Vaccination in the Punjab 1897-1904 - 1897-1904
Year: 1897
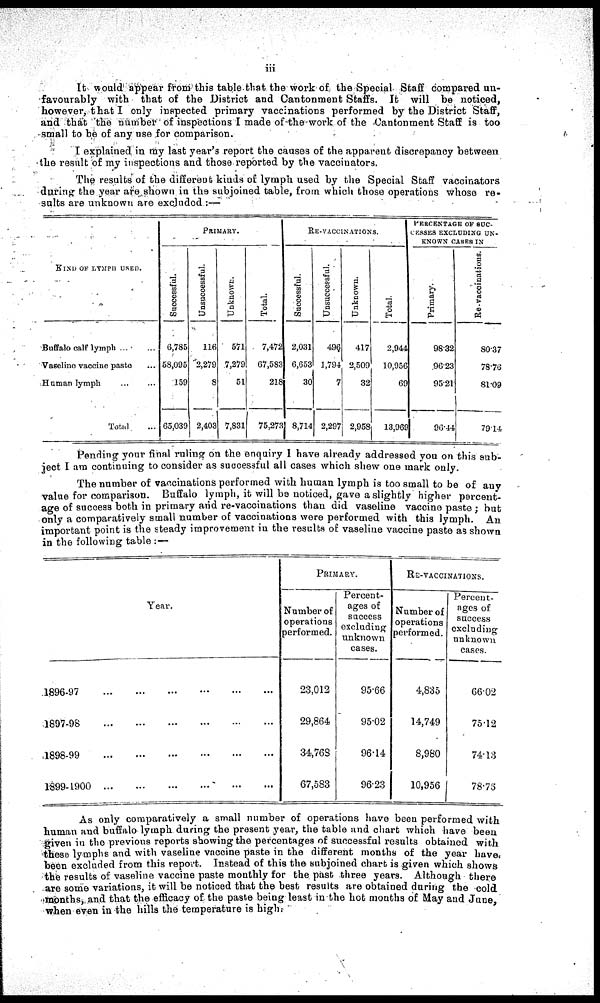
iii
It would appear from this table that the work of the Special Staff compared un-
favourably with that of the District and Cantonment Staffs. It will be noticed,
however, that I only inspected primary vaccinations performed by the District Staff,
and that the number of inspections I made of the work of the Cantonment Staff is too
small to be of any use for comparison.
I explained in my last year's report the causes of the apparent discrepancy between
the result of my inspections and those reported by the vaccinators.
The results of the different kinds of lymph used by (the Special Staff vaccinators
during the year are shown in the subjoined table, from which those operations whose re-
sults are unknown are excluded :—
KIND OF LYMPH USED.
Buffalo calf lymph ... ...
Vacelino vaccino pasto ...
Human lymph ... ...
Total ...
PRIMARY.
Succeesful.
6,785
58,095
159
65,030
Unsuccessful.
116
2,279
8
2,403
Unknown.
571
7,279
51
7,831
Total.
7,472
67,583
218
75,273
RE-VACCINATIONS.
Successful.
2,031
6,653
30
8,714
Unsuccessful.
496
1,794
7
2,297
Unknown.
417
2,509
32
2,958
Total.
2,944
10,956
69
13,969
PERCENTAGE OF SUC-
CESSES EXCLUDING UN-
KNOWN CASES IN
Primary.
98.32
96.23
95.21
96.44
Re-vaccinations.
80.37
78.76
81.09
79.14
Pending your final ruling on the enquiry I have already addressed you on this sub-
ject I am continuing to consider as successful all cases which shew one mark only.
The number of vaccinations performed with human lymph is too small to be of any
value for comparison. Buffalo lymph, it will be noticed, gave a slightly higher percent-
age of success both in primary and re-vaccinations than did vaseline vaccine paste ; but
only a comparatively small number of vaccinations were performed with this lymph. An
important point is the steady improvement in the results of vaseline vaccine paste as shown
in the following table : —
Year.
1896-97
...
...
...
...
...
...
1897-98
...
...
...
...
...
...
1898-99
...
...
...
...
...
...
1899-1900
...
...
...
...
...
...
PRIMARY.
Number of
operations
performed.
23,012
29,864
34,768
67,583
Percent-
ages of
success
excluding
unknown
cases.
95.66
95.02
96.14
96.23
RE-VACCINATIONS.
Number of
operations
performed.
4,835
14,749
8,980
10,956
Percent-
ages of
success
excluding
unknown
cases.
66.02
75.12
74.13
78.76
As only comparatively a small number of operations have been performed with
human and buffalo lymph during the present year, the table and chart which have been
given in the previous reports showing the percentages of successful results obtained with
these lymphs and with vaseline vaccine paste in the different months of the year have.
been excluded from this report. Instead of this the subjoined chart is given which shows
the results of vaseline vaccine paste monthly for the past three years. Although there
are some variations, it will be noticed that the best results are obtained during the cold
months, and that the efficacy of the paste being least in the hot months of May and June,
when even in the hills the temperature is high.